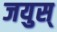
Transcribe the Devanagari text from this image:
जयुस्